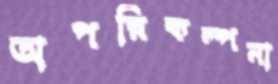
অপরিকল্পনা